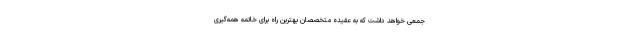
جمعی خواهد داشت که به عقیده متخصصان بهترین راه برای خاتمه همه‌گیری